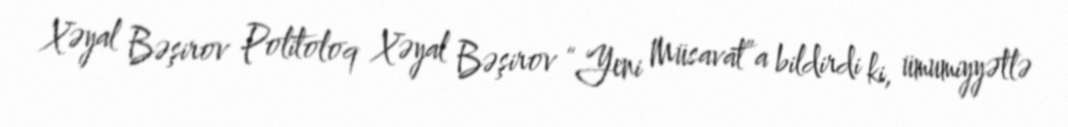
Xəyal Bəşirov Politoloq Xəyal Bəşirov “Yeni Müsavat”a bildirdi ki, ümumiyyətlə